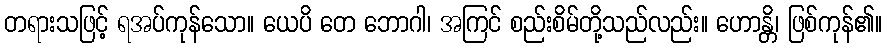
တရားသဖြင့် ရအပ်ကုန်သော။ ယေပိ တေ ဘောဂါ၊ အကြင် စည်းစိမ်တို့သည်လည်း။ ဟောန္တိ၊ ဖြစ်ကုန်၏။